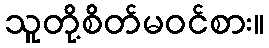
သူတို့စိတ်မဝင်စား။